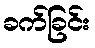
ခက်ခြင်း